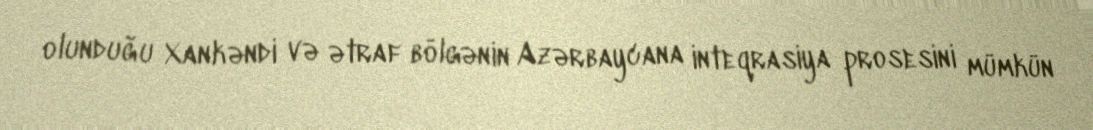
olunduğu Xankəndi və ətraf bölgənin Azərbaycana inteqrasiya prosesini mümkün